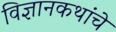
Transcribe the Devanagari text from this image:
विज्ञानकथांचे